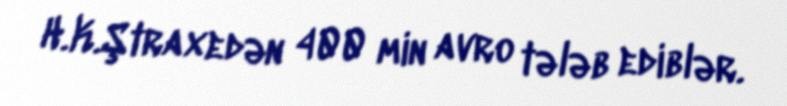
H.K.Ştraxedən 400 min avro tələb ediblər.